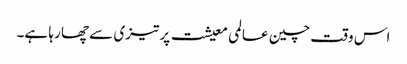
اس وقت چین عالمی معیشت پر تیزی سے چھا رہا ہے۔